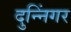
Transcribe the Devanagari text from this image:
दुन्निंगर